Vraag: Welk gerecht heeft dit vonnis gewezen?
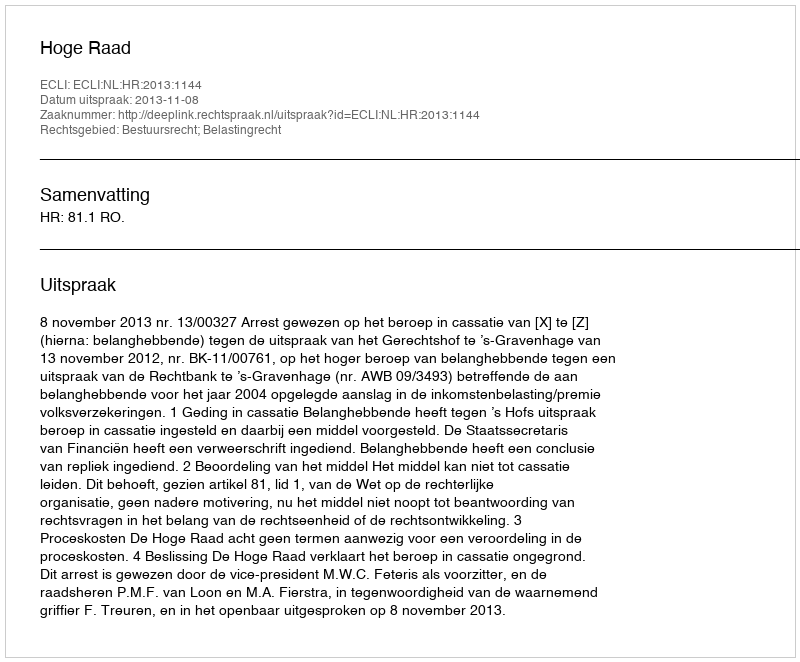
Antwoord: Hoge Raad